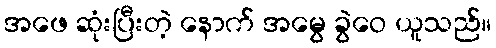
အဖေ ဆုံးပြီးတဲ့ နောက် အမွေ ခွဲဝေ ယူသည်။